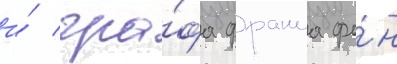
и́ гра́фа франца фо́н